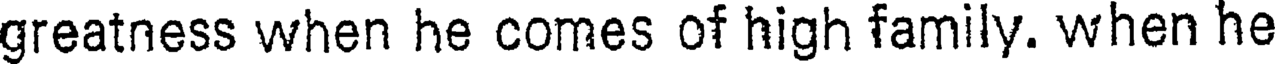
greatness when he comes of high family. when he